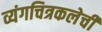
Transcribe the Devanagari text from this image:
व्यंगचित्रकलेची